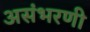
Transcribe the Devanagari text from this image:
असंभरणी